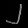
Digit: ၂